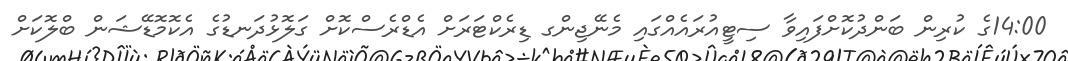
14:00ގެ ކުރިން ބަންދުކޮށްފައިވާ ސިޓީއުރައެއްގައި މެނޭޖިންގ ޑިރެކްޓަރަށް އެޑްރެސްކޮށް ގަލޮޅުދަނޑުގެ އެކޮމޮޑޭޝަން ބްލޮކަށް